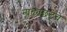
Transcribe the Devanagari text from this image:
नाट्यछटेचे